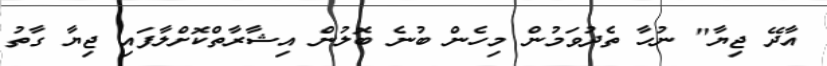
އާދޭ ޖިޔާ" ނުހާ ތެދުވަމުން މިހެން ބުނެ ބޮލުން އިޝާރާތްކޮށްލާފައި ޖިޔާ ގާތު